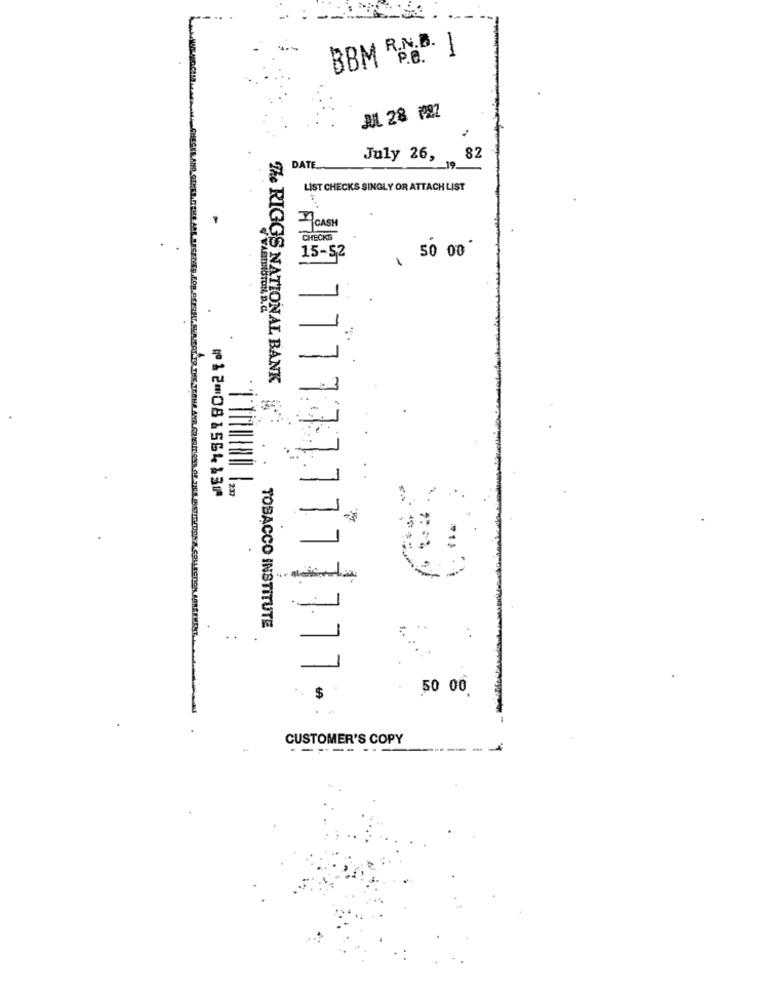
R.N.B.
P.a.
BBM
July 26,
82
DATE
LIST CHECKS SINGLY OR ATTACH LIST
CASH
CHECKS
\ 50 00"
15-52
FATINGTON, D. C.
-
The RIGGS NATIONAL BANK
-
⑈12⑉08156413⑈
TOBACCO INSTITUTE
HETERNA AND CONDITIONS OF THE INSTITUTION A COLLECTION AGREEMENT.
..
50 00
.. $
CUSTOMER'S COPY